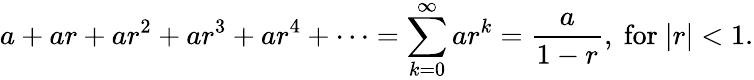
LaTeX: a+ar+ar^{2}+ar^{3}+ar^{4}+\cdots=\sum_{k=0}^{\infty}ar^{k}={\frac{a}{1-r}},{\mathrm{~for~}}|r|<1.